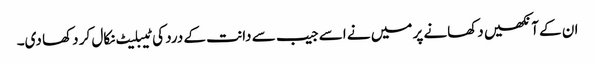
ان کے آنکھیں دکھانے پر میں نے اسے جیب سے دانت کے درد کی ٹیبلیٹ نکال کر دکھا دی۔